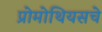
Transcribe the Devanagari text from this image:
प्रोमोथियसचे